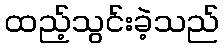
ထည့်သွင်းခဲ့သည်